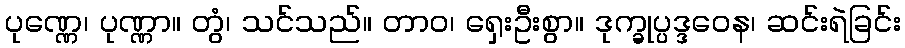
ပုဏ္ဏေ၊ ပုဏ္ဏာ။ တွံ၊ သင်သည်။ တာဝ၊ ရှေးဦးစွာ။ ဒုက္ခုပ္ပဒ္ဒဝေန၊ ဆင်းရဲခြင်း